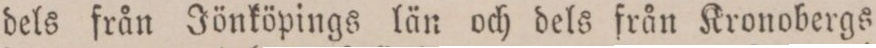
dels från Jönköpings län och dels från Kronobergs